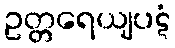
ဥတ္တရေယျပဋံ